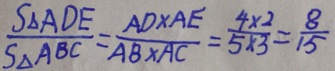
\frac { S _ { \Delta } A D E } { S _ { \Delta } A B C } = \frac { A D \times A E } { A B \times A C } = \frac { 4 \times 2 } { 5 \times 3 } = \frac { 8 } { 1 5 }